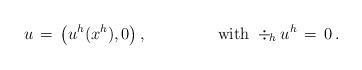
LaTeX: \begin{align*} u\,=\,\bigl(u^h(x^h),0\bigr)\,,\qquad\qquad\mbox{ with }\div_{\!h}u^h\,=\,0\,.\end{align*}